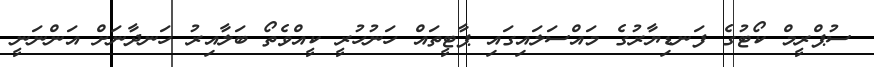
ސުޕްރީމް ކޯޓުގެ ފަނޑިޔާރުގެ މައްސަލައިގައި ޕާޓީތައް ހަނުހުރީ ކީއްވެތޯ ބަލާއިރު ހަނދާނަށް އަންނަނީ